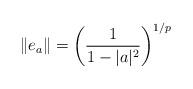
LaTeX: \begin{align*} \| e_a \| = \left(\frac{1}{1 - |a|^2} \right)^{1/p} \end{align*}